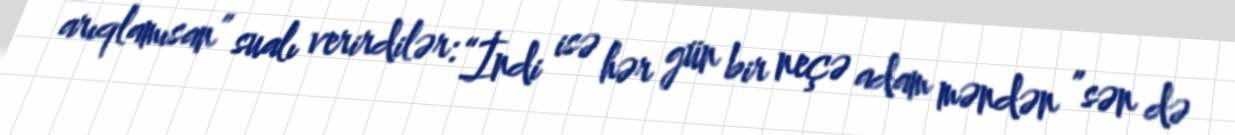
arıqlamısan” sualı verirdilər: “İndi isə hər gün bir neçə adam məndən ”sən də